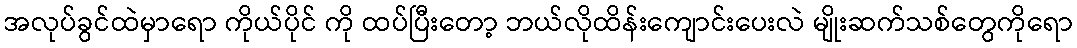
အလုပ်ခွင်ထဲမှာရော ကိုယ်ပိုင် ကို ထပ်ပြီးတော့ ဘယ်လိုထိန်းကျောင်းပေးလဲ မျိုးဆက်သစ်တွေကိုရော